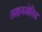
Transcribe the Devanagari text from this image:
लाइनज़ोलिड